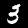
Label: 3